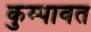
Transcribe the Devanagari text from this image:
कुम्पावत